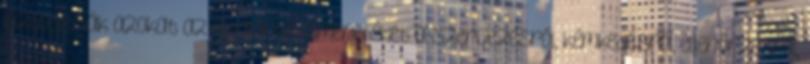
biztosítsák azokat az általános ismereteket a szervezésről, kémkedésről, ellenőrzésről,